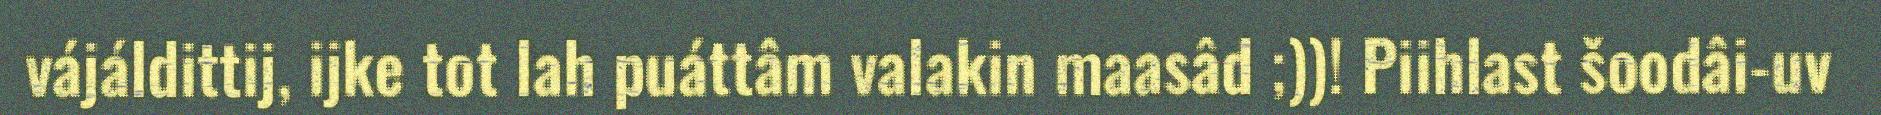
vájáldittij, ijke tot lah puáttâm valakin maasâd ;))! Piihlast šoodâi-uv